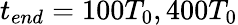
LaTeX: t_{end}=100T_{0},400T_{0}